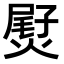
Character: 𤌨